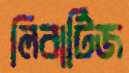
লিবার্টিজ